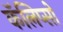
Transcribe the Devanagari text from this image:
कॅलिप्सो